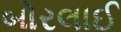
બોરલાઈ